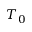
T _ { 0 }